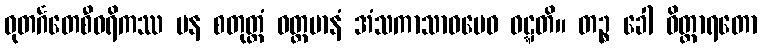
ဓုတင်္ဂတေစီဝရိကဿ ပန စတုတ္ထံ ဝတ္တမာနံ အံသကာသာဝမေဝ ဝဋ္ဋတိ။ တဉ္စ ခေါ ဝိတ္ထာရတော